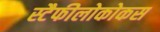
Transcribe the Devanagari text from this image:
स्टैफीलोकोकस